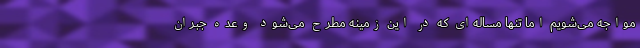
مواجه می‌شویم اما تنها مساله‌ای که در این زمینه مطرح می‌شود وعده جبران